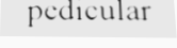
pedicular